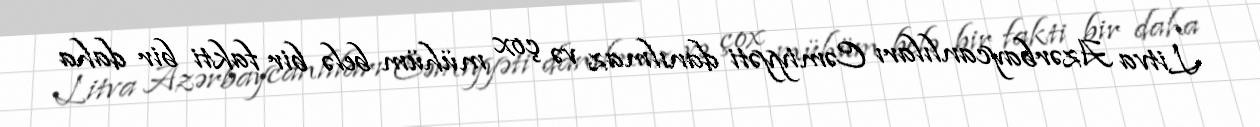
Litva Azərbaycanlıları Cəmiyyəti danılmaz və çox mühüm belə bir fakti bir daha